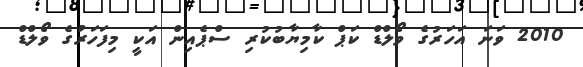
2010 ވަނަ އަހަރުގެ ވޯލްޑް ކަޕް ކާމިޔާބުކުރި ސްޕެއިން އަކީ މިފަހަރުގެ ވޯލްޑް